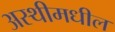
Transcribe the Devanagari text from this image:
अस्थीमधील